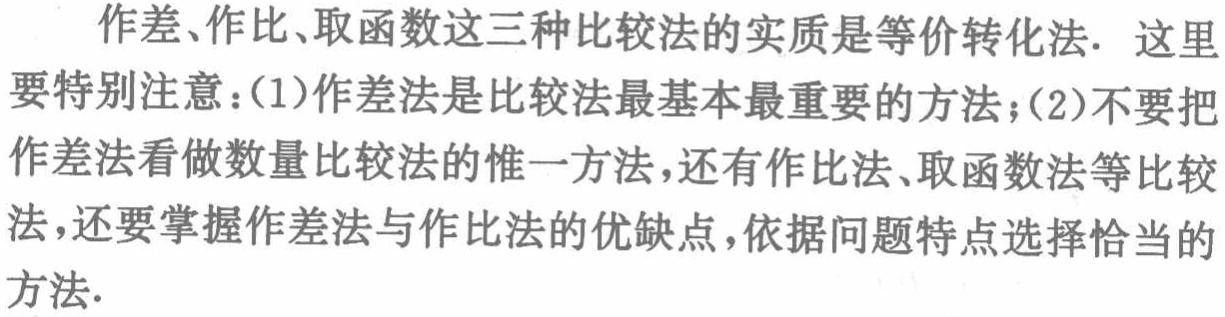
作差、作比、取函数这三种比较法的实质是等价转化法. 这里要特别注意：(1)作差法是比较法最基本最重要的方法；(2)不要把作差法看做数量比较法的惟一方法，还有作比法、取函数法等比较法，还要掌握作差法与作比法的优缺点，依据问题特点选择恰当的方法.